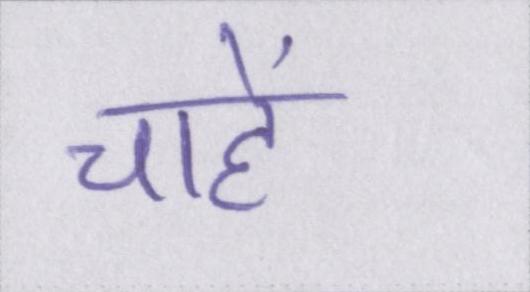
चाहें